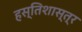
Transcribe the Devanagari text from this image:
हस्तिशास्त्र